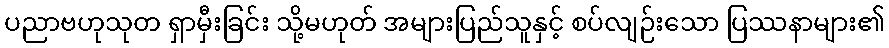
ပညာဗဟုသုတ ရှာမှီးခြင်း သို့မဟုတ် အများပြည်သူနှင့် စပ်လျဉ်းသော ပြဿနာများ၏